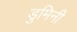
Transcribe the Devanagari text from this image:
डुमिनी